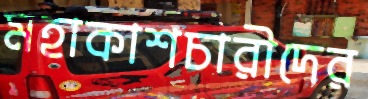
মহাকাশচারীদের